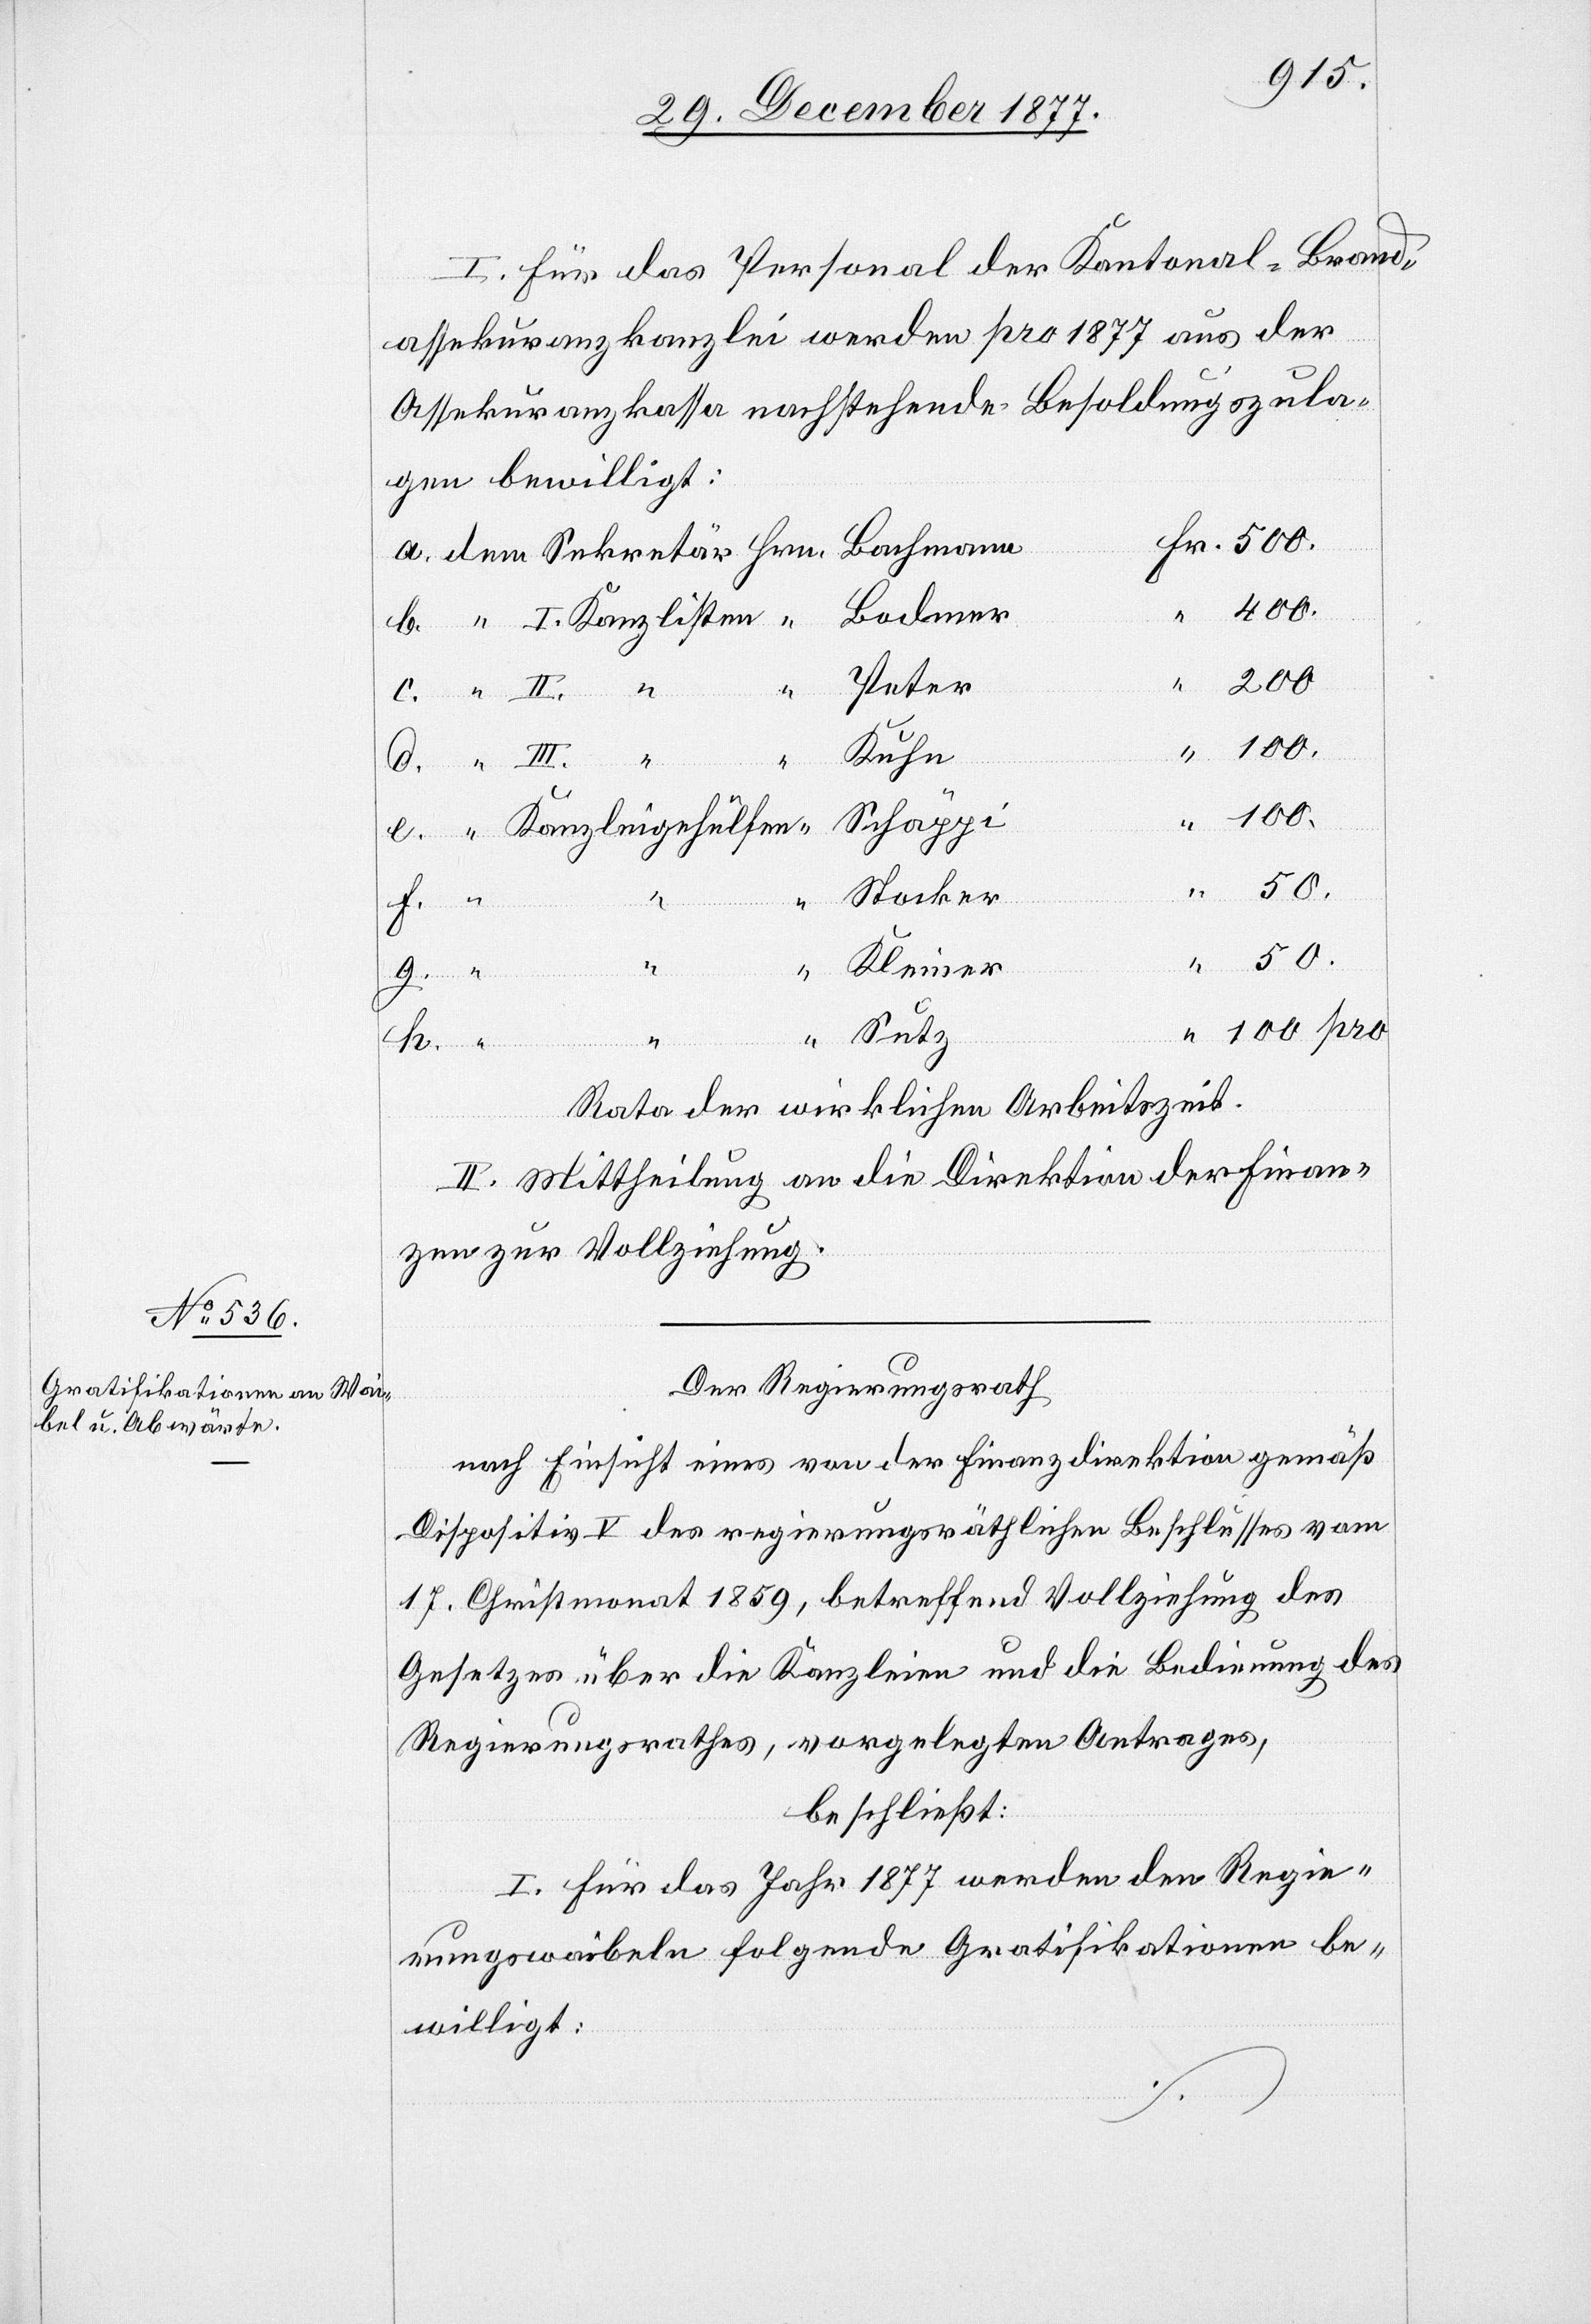
I. Für das Personal der Kantonal-Brand¬
Kanzl¬
assekuranzkanzlei werden pro 1877 aus der
Assekuranzkassa nachstehende Besoldungszula¬
gen bewilligt:
Fr. 500.
Arbeitszeit.
Bachmann
400.
g.
II.
Bodmer
200
“
Peter
100
klichen
100.
Schäppi
50.
wir¬
Stocker
h.
Kleiner
Sutz
e.
II. Mittheilung an die Direktion der Finan¬
zen zur Vollziehung.
Der Regierungsrath
nach Einsicht eines von der Finanzdirektion gemäß
Dispositiv V des regierungsräthlichen Beschlusses vom
17. Christmonat 1859, betreffend Vollziehung des
Gesetzes über die Kanzleien und die Bedienung des
Regierungsrathes, vorgelegten Antrages,
beschließt:
I. Für das Jahr 1877 werden den Regie¬
rungswaibeln folgende Gratifikationen be¬
willigt: